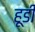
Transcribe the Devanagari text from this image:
हूडी